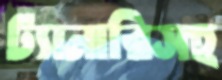
ট্যানারিসহ